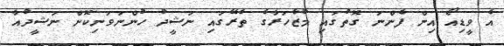
އެ ވީޑިއޯ އިން ފެންނަ ގޮތުގައި މުޒާހަރާގެ ތެރޭގައި ނަޝީދު ހުންނަވަނިކޮށް ނަޝީދުއާ